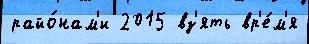
райо́нам'и 2015 вз'ять вр'е́м'я